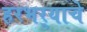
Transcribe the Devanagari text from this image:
हरभर्‍याचे